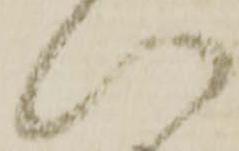
い